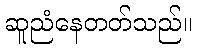
ဆူညံနေတတ်သည်။